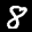
Label: 8